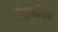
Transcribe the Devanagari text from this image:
जैतुनबीच्या